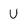
Character: U